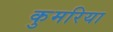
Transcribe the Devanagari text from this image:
कुमरिया